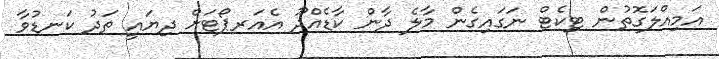
އަމިއްލަގޮތުން ޓިކެޓް ނަގައިގެން މާލެ ދާން ކާޑެއްދޫ އެއަރޕޯޓަށް ދިޔައީ ތަދު ކަނޑުވާ